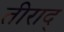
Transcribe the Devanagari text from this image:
तीराद्